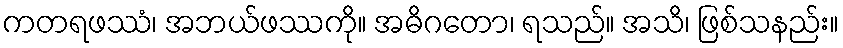
ကတရဖဿံ၊ အဘယ်ဖဿကို။ အဓိဂတော၊ ရသည်။ အသိ၊ ဖြစ်သနည်း။